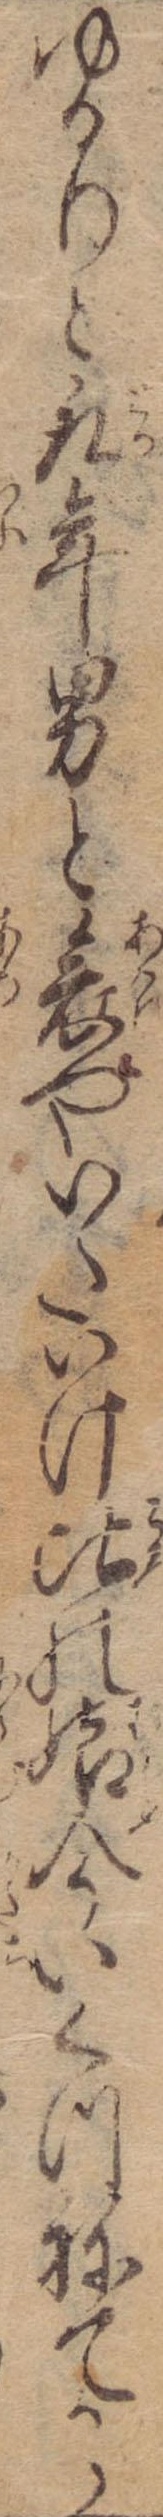
ゆるりと取年男と哀やいたいけ比の娘今いくつねてから